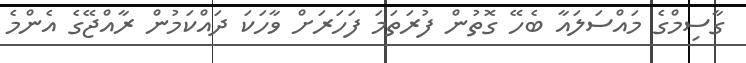
ގާސިމްގެ މައްސަލައާ ބެހޭ ގޮތުން ފުރަތަމަ ފަހަރަށް ވާހަކަ ދައްކަމުން ރާއްޖޭގެ އެންމެ